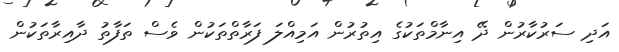
އަދި ސަރުކާރުން ދޭ އިނާމްތަކުގެ އިތުރުން އަމިއްލަ ފަރާތްތަކުން ވެސް ތަފާތު ދާއިރާތަކުން